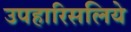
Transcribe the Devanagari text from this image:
उपहारिसलिये